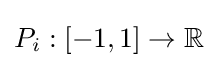
P_{i}:[-1,1]\to \mathbb {R}